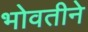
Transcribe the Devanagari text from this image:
भोवतीने